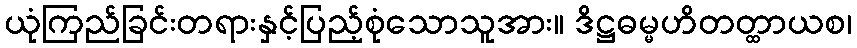
ယုံကြည်ခြင်းတရားနှင့်ပြည့်စုံသောသူအား။ ဒိဋ္ဌဓမ္မဟိတတ္ထာယစ၊